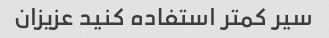
سیر کمتر استفاده کنید عزیزان